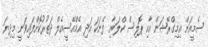
ސެމީއަށް އިމިގްރޭޝަން އާއި ޕޮލިސް ކްލަބާއި ފެނަކަ އަދި އެމްއޭސީއެލް ދަތުރުކޮށްފައިވަނީ މިދިޔަ